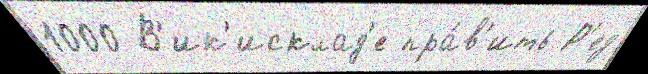
1000 В'ик'исклад'е пра́в'ить Р'ед